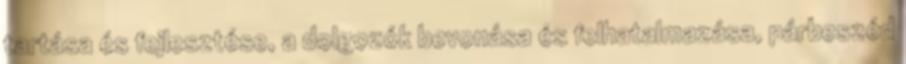
tartása és fejlesztése, a dolgozók bevonása és felhatalmazása, párbeszéd